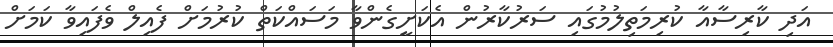
އަދި ކާރިސާއާ ކުރިމަތިލުމުގައި ސަރުކާރުން އެކަށީގެންވާ މަސައްކަތް ކުރުމަށް ފެއިލް ވެެފައިވާ ކަމަށް